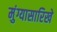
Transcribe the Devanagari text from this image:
मुंग्यासारिखे